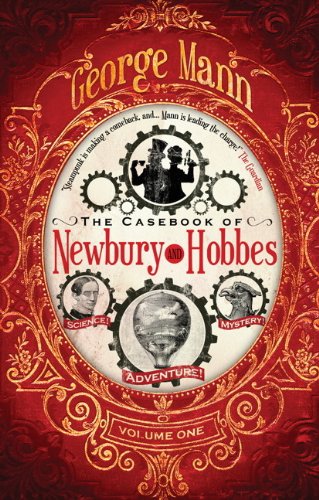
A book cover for The Casebook of Newbury & Hobbes (Newbury & Hobbes Investigation); George Mann; Literature & Fiction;